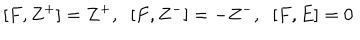
LaTeX: [ F , Z ^ { + } ] = Z ^ { + } , \; \; [ F , Z ^ { - } ] = - Z ^ { - } , \; \; [ F , E ] = 0